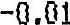
-0.01